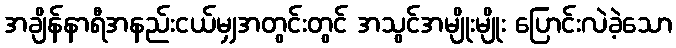
အချိန်နာရီအနည်းငယ်မျှအတွင်းတွင် အသွင်အမျိုးမျိုး ပြောင်းလဲခဲ့သော